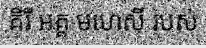
គីរី អគ្គ មហេសី របស់